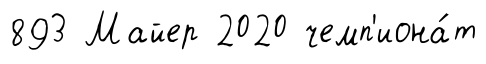
893 Майер 2020 чемп'иона́т